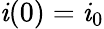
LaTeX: \mathit{i}(0)=\mathit{i}_{0}